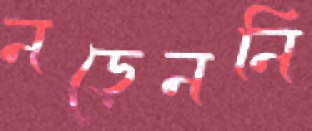
নড়েননি